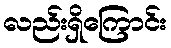
လည်းရှိကြောင်း